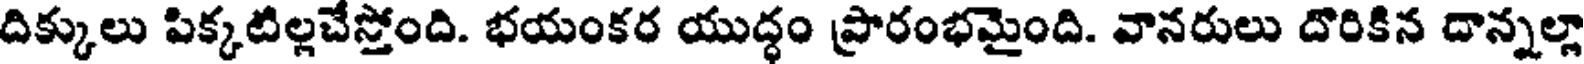
దిక్కులు పిక్కటిల్లచేస్తోంది. భయంకర యుద్ధం ప్రారంభమైంది. వానరులు దొరికిన దాన్నల్లా